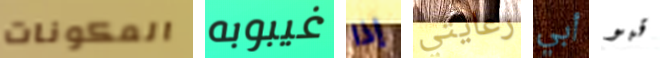
المكونات غيبوبه إذا رعايتي أبي قبو